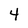
Character: 4